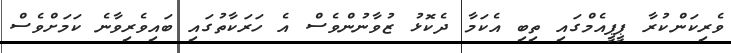
ވެރިކަންކުރާ ޕީޕީއެމްގައި ތިބި އެކަމާ ދެކޮޅު ޒުވާނުންވެސް އެ ހަރަކާތުގައި ބައިވެރިވާނެ ކަމަށްވެސް